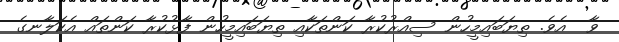
ވާ  އެވެ. ތިޔަބައިމީހުން ސިއްރުކުރާ ކަންތަކާއި ތިޔަބައިމީހުން ފާޅުކުރާ ކަންތައް އެކަލާނގެ